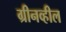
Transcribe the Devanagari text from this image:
ग्रीनव्हील